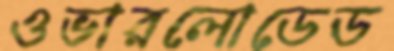
ওভারলোডেড